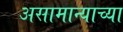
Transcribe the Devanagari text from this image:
असामान्याच्या